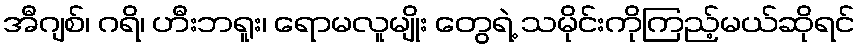
အီဂျစ်၊ ဂရိ၊ ဟီးဘရူး၊ ရောမလူမျိုး တွေရဲ့ သမိုင်းကိုကြည့်မယ်ဆိုရင်